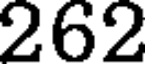
262